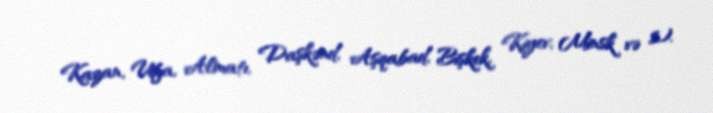
Kazan, Ufa, Almatı, Daşkənd, Aşqabad, Bişkek, Kiyev, Minsk və s.).